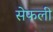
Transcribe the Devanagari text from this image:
सेफली